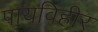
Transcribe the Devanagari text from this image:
पायविहीर